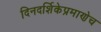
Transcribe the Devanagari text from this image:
दिनदर्शिकेप्रमाणेच